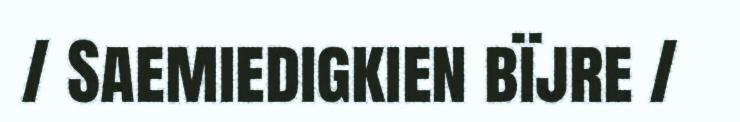
/ Saemiedigkien bïjre /